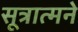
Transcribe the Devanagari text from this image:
सूत्रात्मने